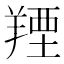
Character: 𦎣